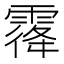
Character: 𱁡